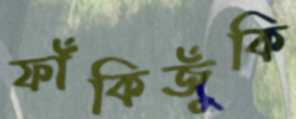
ফাঁকিজুঁকি